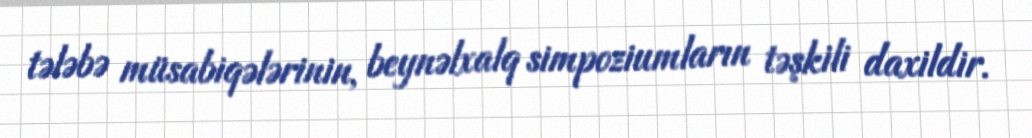
tələbə müsabiqələrinin, beynəlxalq simpoziumların təşkili daxildir.